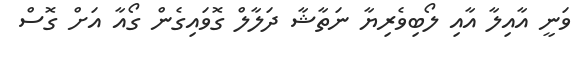
ވަނީ އާއިލާ އާއި ލޯބިވެރިޔާ ނަތާޝާ ދަލާލް ގޮވައިގެން ގޯއާ އަށް ގޮސް